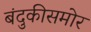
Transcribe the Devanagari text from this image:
बंदुकीसमोर